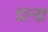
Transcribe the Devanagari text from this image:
दान्डा